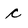
Character: c